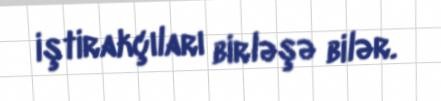
iştirakçıları birləşə bilər.